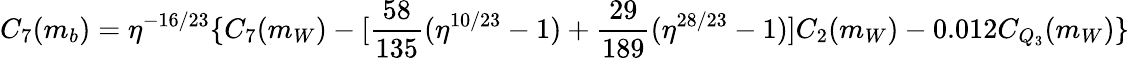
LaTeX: C_{7}(m_{b})=\eta^{-16/23}\{ C_{7}(m_{W})-[\frac{58}{135}(\eta^{10/23}-1)+\frac{29}{189}(\eta^{28/23}-1)]C_{2}(m_{W})-0.012C_{Q_{3}}(m_{W})\}